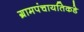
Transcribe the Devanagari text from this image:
ग्रामपंचायतिकडे